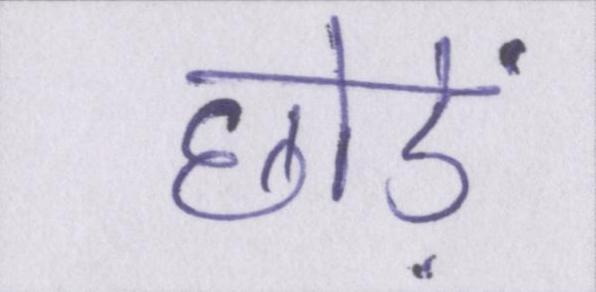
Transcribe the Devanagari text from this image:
छोड़ें